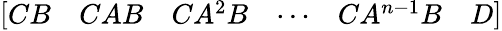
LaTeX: \left[\begin{array}{llllll}{CB}&{CAB}&{CA^{2}B}&{\cdots}&{CA^{n-1}B}&{D}\end{array}\right]